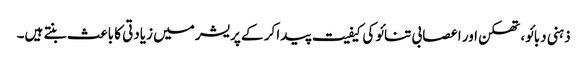
ذہنی دبائو، تھکن اور اعصابی تنائو کی کیفیت پیدا کر کے پریشر میں زیادتی کا باعث بنتے ہیں۔